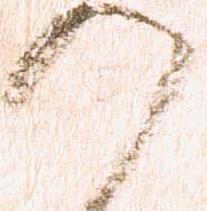
の